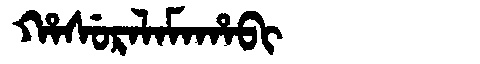
Manchu: ᡥᠠᠰᡠᡵᠠᠯᠠᠮᠠᡥᠠᠪᡳ
Romanization: HASURALAMAHABI